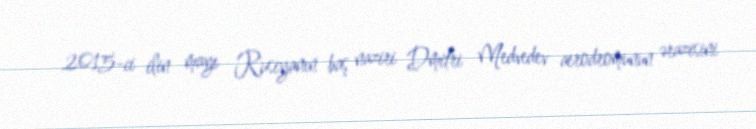
2015-ci ilin mayı Rusiyanın baş naziri Dmitri Medvedev aerodromunun ərazisini